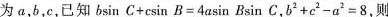
为a，b，c，已知$$b \sin C + c \sin B = 4 a \sin B \sin C$$，$$b ^ { 2 } + c ^ { 2 } - a ^ { 2 } = 8$$，则